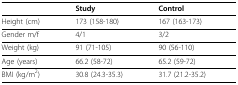
<table><thead><tr><td></td><td><b>Study</b></td><td><b>Control</b></td></tr></thead><tbody><tr><td>Height (cm)</td><td>173 (158-180)</td><td>167 (163-173)</td></tr><tr><td>Gender m/f</td><td>4/1</td><td>3/2</td></tr><tr><td>Weight (kg)</td><td>91 (71-105)</td><td>90 (56-110)</td></tr><tr><td>Age (years)</td><td>66.2 (58-72)</td><td>65.2 (59-72)</td></tr><tr><td>BMI (kg/m<sup>2</sup>)</td><td>30.8 (24.3-35.3)</td><td>31.7 (21.2-35.2)</td></tr></tbody></table>